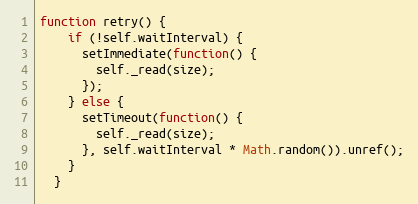
Language: JavaScript
function retry() {
    if (!self.waitInterval) {
      setImmediate(function() {
        self._read(size);
      });
    } else {
      setTimeout(function() {
        self._read(size);
      }, self.waitInterval * Math.random()).unref();
    }
  }